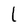
Character: l